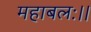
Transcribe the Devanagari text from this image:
महाबलः।।